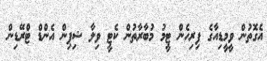
އެގޮތުން ވީމީޑިއާގެ ފިރިހެން ޓީމު މުބާރާތުން ކެޓީ ވިލާ ޝިޕިން އެންޑް ޓްރޭޑިން